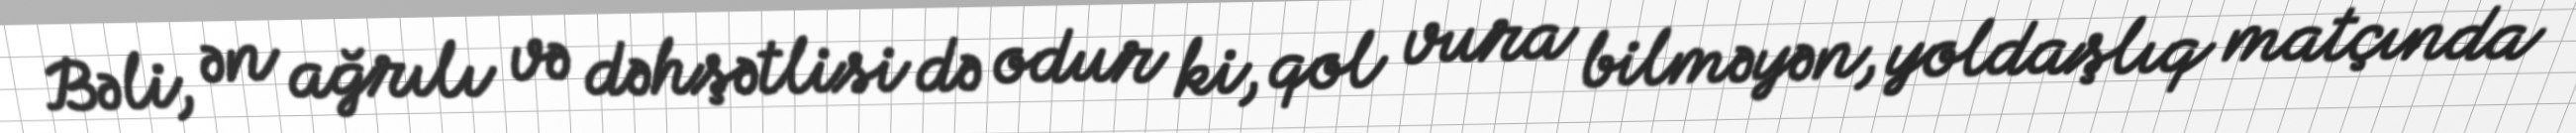
Bəli, ən ağrılı və dəhşətlisi də odur ki, qol vura bilməyən, yoldaşlıq matçında